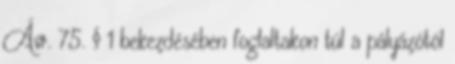
Ávr. 75. § 1 bekezdésében foglaltakon túl a pályázótól